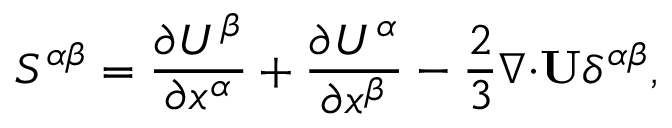
{ \cal { S } } ^ { \alpha \beta } = \frac { \partial U ^ { \beta } } { \partial x ^ { \alpha } } + \frac { \partial U ^ { \alpha } } { \partial x ^ { \beta } } - \frac { 2 } { 3 } { \boldsymbol { \nabla } } { \boldsymbol { \cdot } } { \bf { U } } \delta ^ { \alpha \beta } ,